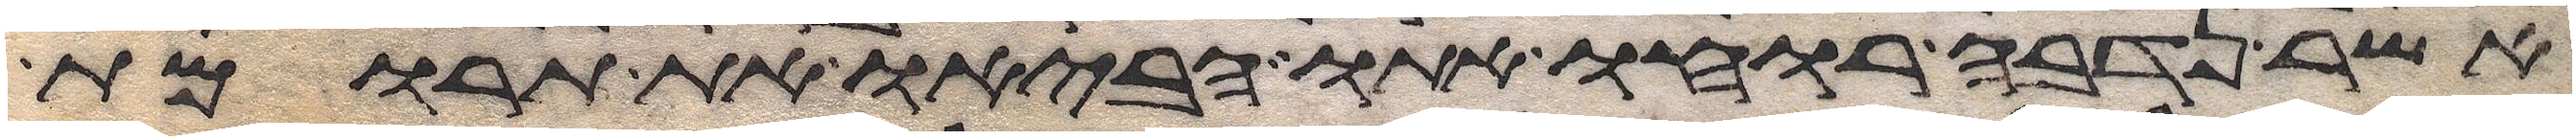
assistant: אשר נדבה רוחו אתו הביאו את תרומת